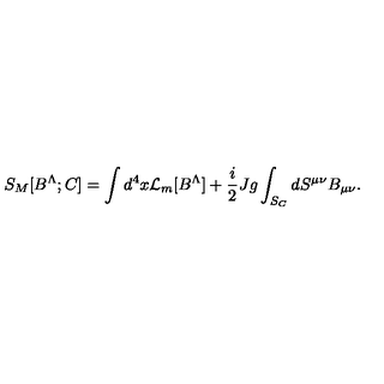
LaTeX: S _ { M } [ B ^ { \Lambda } ; C ] = \int d ^ { 4 } x { \cal L } _ { m } [ B ^ { \Lambda } ] + { \frac { i } { 2 } } J g \int _ { S _ { C } } d S ^ { \mu \nu } B _ { \mu \nu } .